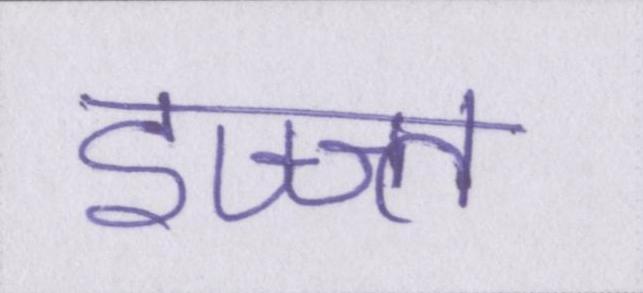
इज्ज्त